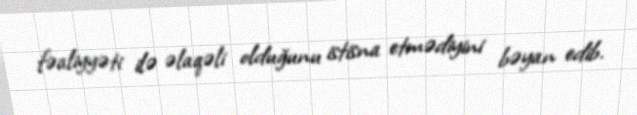
fəaliyyəti ilə əlaqəli olduğunu istisna etmədiyini bəyan edib.